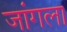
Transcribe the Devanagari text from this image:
जांगला